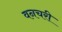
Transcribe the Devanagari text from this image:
वनचरी